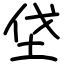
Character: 垡